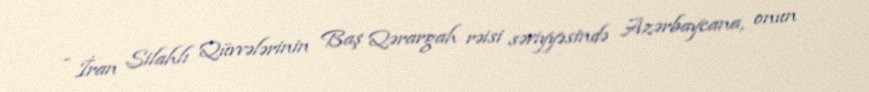
- İran Silahlı Qüvvələrinin Baş Qərargah rəisi səviyyəsində Azərbaycana, onun